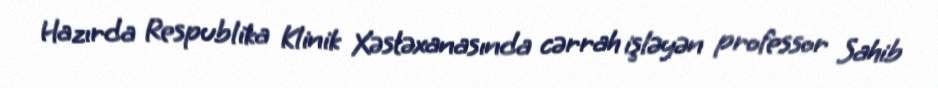
Hazırda Respublika Klinik Xəstəxanasında cərrah işləyən professor Sahib